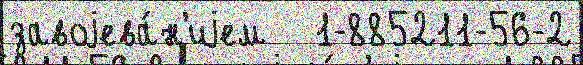
завоjева́н'иjем   1-885211-56-2